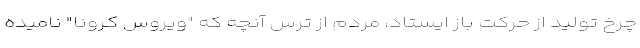
چرخ تولید از حرکت باز ایستاد، مردم از ترس آنچه که "ویروس کرونا" نامیده